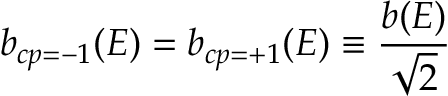
b _ { c p = - 1 } ( E ) = b _ { c p = + 1 } ( E ) \equiv { \frac { b ( E ) } { \sqrt { 2 } } }